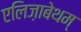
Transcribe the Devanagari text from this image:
एलिज़ाबेथम्